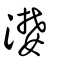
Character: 漤